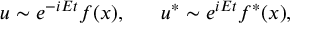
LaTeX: u \sim e ^ { - i E t } f ( x ) , ~ ~ ~ ~ ~ u ^ { * } \sim e ^ { i E t } f ^ { * } ( x ) ,